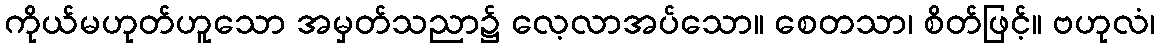
ကိုယ်မဟုတ်ဟူသော အမှတ်သညာ၌ လေ့လာအပ်သော။ စေတသာ၊ စိတ်ဖြင့်။ ဗဟုလံ၊